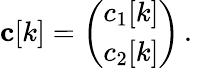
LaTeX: \mathbf{c}[k]=\left(\begin{array}{l}{c_{1}[k]}\\ {c_{2}[k]}\end{array}\right)\, .\